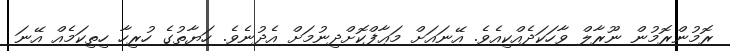
ރޮމުންރޮމުން ނޫރާލް ވާހަކަދެއްކިއެވެ. އޭނައަށް މަޢާފްކޮށްދިނުމަށް އެދުނެވެ. ހަޔާތުގެ ހުރިހާ ހިތިކަމެއް އޭނަ